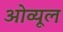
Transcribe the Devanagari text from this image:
ओव्यूल